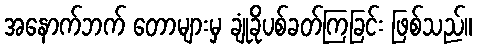
အနောက်ဘက် တောများမှ ချုံခိုပစ်ခတ်ကြခြင်း ဖြစ်သည်။